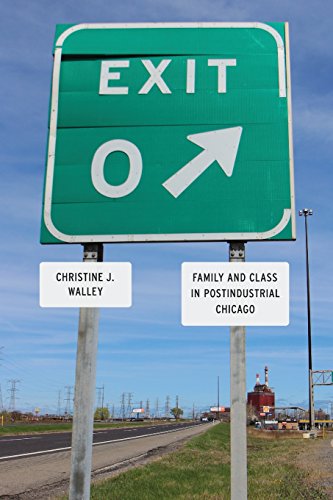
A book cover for Exit Zero: Family and Class in Postindustrial Chicago; Christine J. Walley; Business & Money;